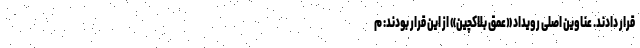
قرار دادند. عناوین اصلی رویداد «عمق بلاکچین» از این قرار بودند: م